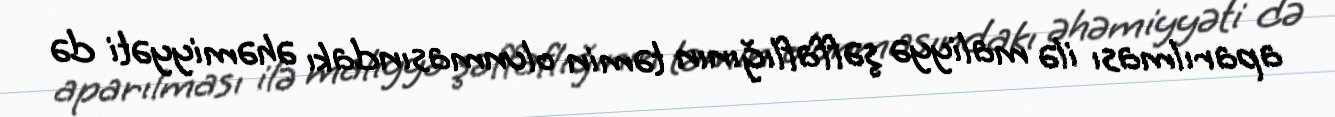
aparılması ilə maliyyə şəffaflığının təmin olunmasındakı əhəmiyyəti də